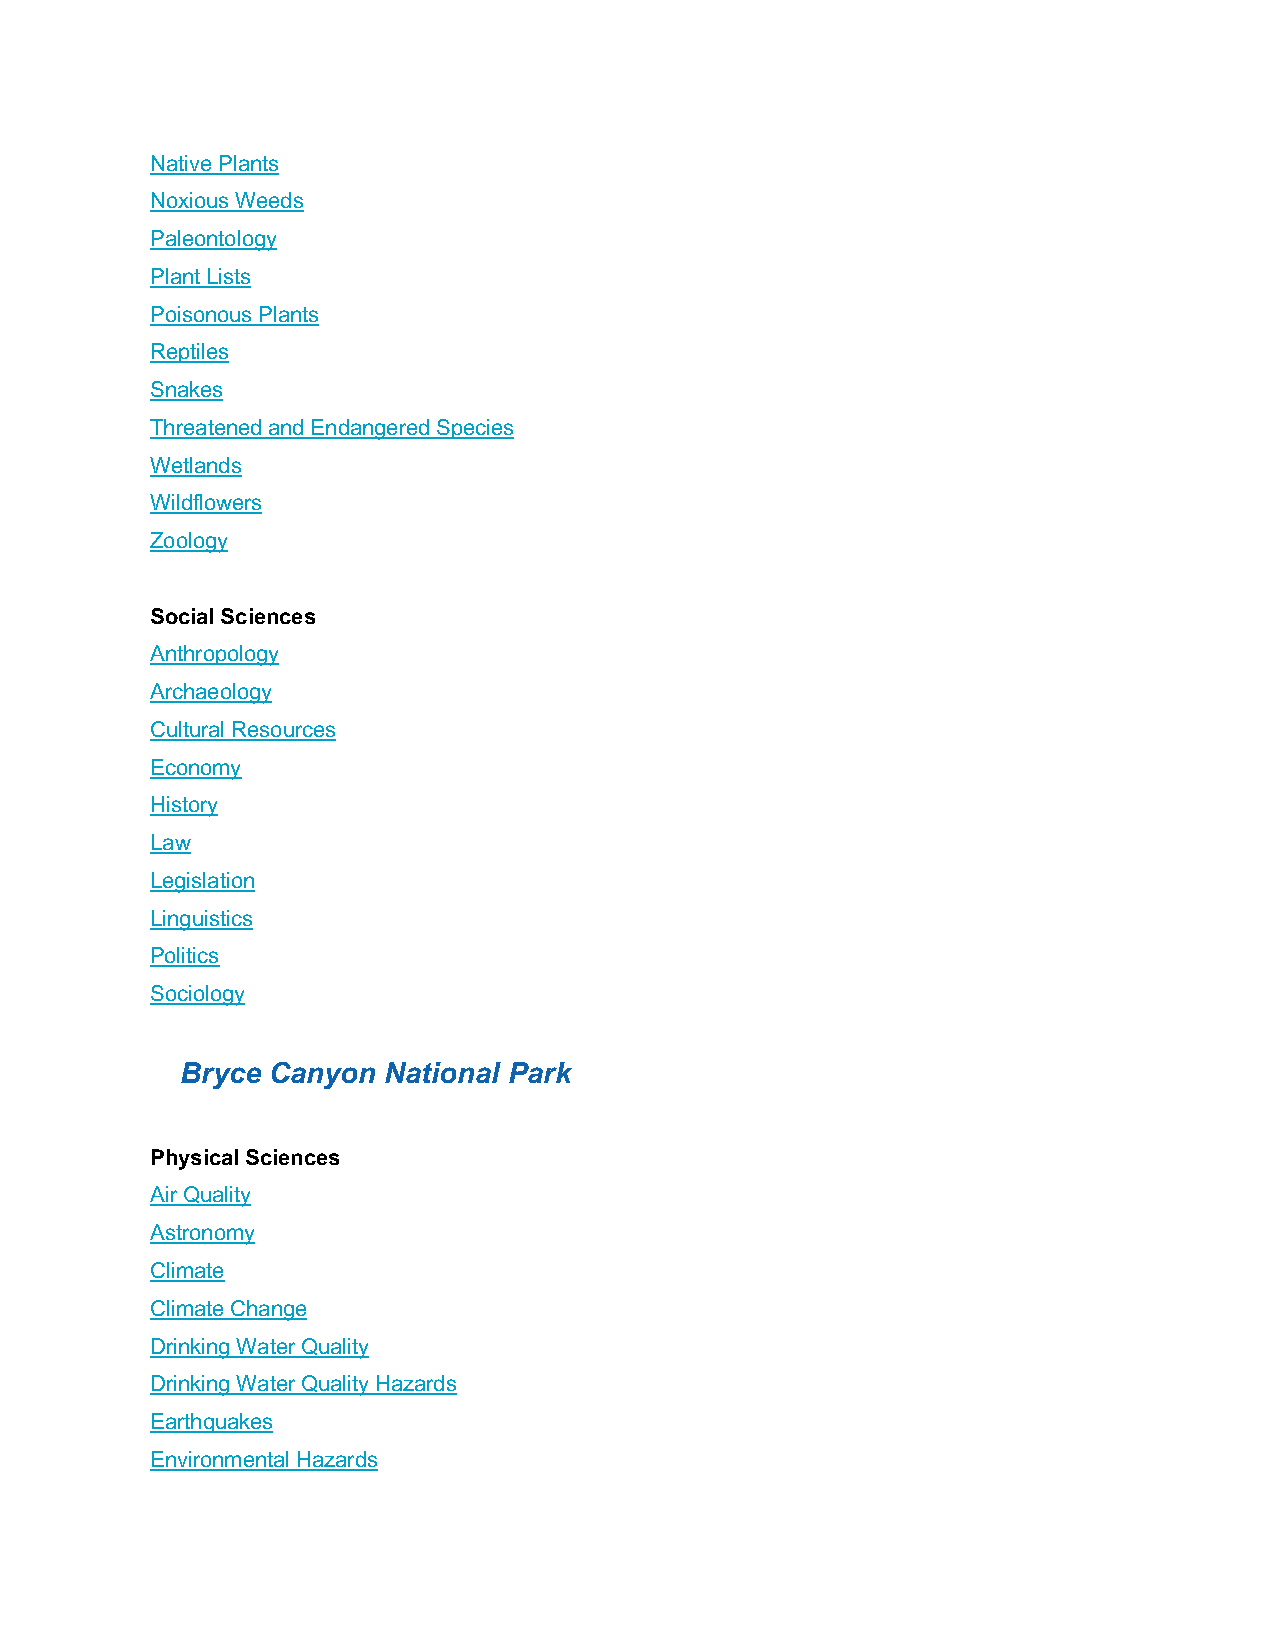
Native Plants
 Noxious Weeds
 Paleontology
 Plant Lists
 Poisonous Plants
 Reptiles
 Snakes
 Threatened and Endangered Species
 Wetlands
 Wildflowers
 Zoology
 Social Sciences
 Anthropology
 Archaeology
 Cultural Resources
 Economy
 History
 Law
 Legislation
 Linguistics
 Politics
 Sociology
 Bryce Canyon National Park
 Physical Sciences
 Air Quality
 Astronomy
 Climate
 Climate Change
 Drinking Water Quality
 Drinking Water Quality Hazards
 Earthquakes
 Environmental Hazards